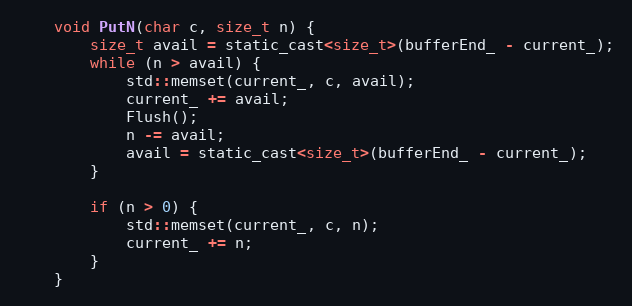
Language: C
    void PutN(char c, size_t n) {
        size_t avail = static_cast<size_t>(bufferEnd_ - current_);
        while (n > avail) {
            std::memset(current_, c, avail);
            current_ += avail;
            Flush();
            n -= avail;
            avail = static_cast<size_t>(bufferEnd_ - current_);
        }

        if (n > 0) {
            std::memset(current_, c, n);
            current_ += n;
        }
    }